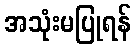
အသုံးမပြုရန်